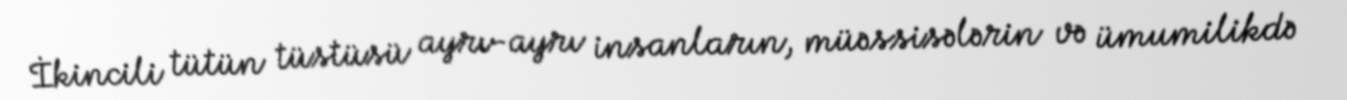
İkincili tütün tüstüsü ayrı-ayrı insanların, müəssisələrin və ümumilikdə